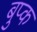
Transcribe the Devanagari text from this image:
बुप्क